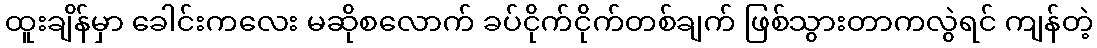
ထူးချိန်မှာ ခေါင်းကလေး မဆိုစလောက် ခပ်ငိုက်ငိုက်တစ်ချက် ဖြစ်သွားတာကလွဲရင် ကျန်တဲ့